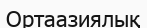
Ортаазиялық